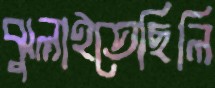
ঝুলাইতেছিলি